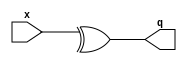
/*
* -----------------------------------------------------------------
* DOCUMENT: "Low-Latency and Low-Randomness Second-Order Masked Cubic Functions", TCHES 2023, Issue 1.
* -----------------------------------------------------------------
*
* Copyright (c) 2021, Aein Rezaei Shahmirzadi
*
* All rights reserved.
*
* THIS SOFTWARE IS PROVIDED BY THE COPYRIGHT HOLDERS AND CONTRIBUTORS "AS IS" AND
* ANY EXPRESS OR IMPLIED WARRANTIES, INCLUDING, BUT NOT LIMITED TO, THE IMPLIED
* WARRANTIES OF MERCHANTABILITY AND FITNESS FOR A PARTICULAR PURPOSE ARE
* DISCLAIMED. IN NO EVENT SHALL THE COPYRIGHT HOLDER OR CONTRIBUTERS BE LIABLE FOR ANY
* DIRECT, INDIRECT, INCIDENTAL, SPECIAL, EXEMPLARY, OR CONSEQUENTIAL DAMAGES
* (INCLUDING, BUT NOT LIMITED TO, PROCUREMENT OF SUBSTITUTE GOODS OR SERVICES;
* LOSS OF USE, DATA, OR PROFITS; OR BUSINESS INTERRUPTION) HOWEVER CAUSED AND
* ON ANY THEORY OF LIABILITY, WHETHER IN CONTRACT, STRICT LIABILITY, OR TORT
* (INCLUDING NEGLIGENCE OR OTHERWISE) ARISING IN ANY WAY OUT OF THE USE OF THIS
* SOFTWARE, EVEN IF ADVISED OF THE POSSIBILITY OF SUCH DAMAGE.
*
* Please see LICENSE and README for license and further instructions.
*/

module XOR_n 
	#(parameter WIDTH     = 5) 
	(
    input [WIDTH-1 : 0] x,
    output q
    );

	assign q = ^x;
endmodule